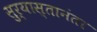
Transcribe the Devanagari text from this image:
सुर्यास्तानंतर